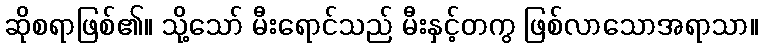
ဆိုစရာဖြစ်၏။ သို့သော် မီးရောင်သည် မီးနှင့်တကွ ဖြစ်လာသောအရာသာ။